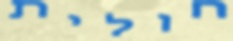
חולית